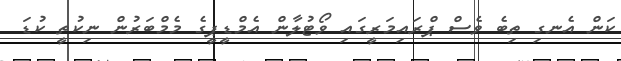
ކަން އެނގި ތިބެ ވެސް ޕްރައިމަރީގައި ވޯޓުލާން އެމްޑީޕީގެ މެމްބަރުން ނިކުތީ ކުޑަ